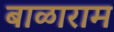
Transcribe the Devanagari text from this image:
बाळाराम